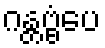
ဂန္တဗ္ဗံပေ